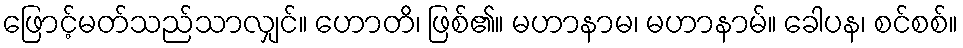
ဖြောင့်မတ်သည်သာလျှင်။ ဟောတိ၊ ဖြစ်၏။ မဟာနာမ၊ မဟာနာမ်။ ခေါပန၊ စင်စစ်။